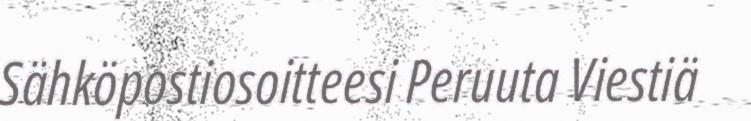
Sähköpostiosoitteesi Peruuta Viestiä